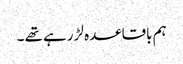
ہم باقاعدہ لڑ رہے تھے ۔